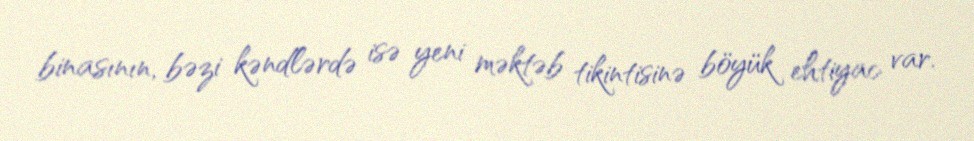
binasının, bəzi kəndlərdə isə yeni məktəb tikintisinə böyük ehtiyac var.